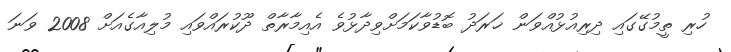
ހުރި ތީމުގޭގައި ދިރިއުޅުއްވަން ޚަރަދު ބޮޑުވާކަމަށްވިދާޅުވެ އެއިމާރާތް ދޫކުރައްވައި މުލިއާގެއަށް 2008 ވަނަ